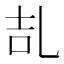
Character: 㐖